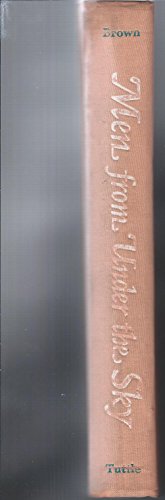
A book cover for Men from Under the Sky: Arrival of Westerners in Fiji; Stanley Brown; History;